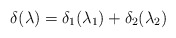
\begin{align*}\delta(\lambda)=\delta_{1}(\lambda_{1})+\delta_{2}(\lambda_{2})\end{align*}